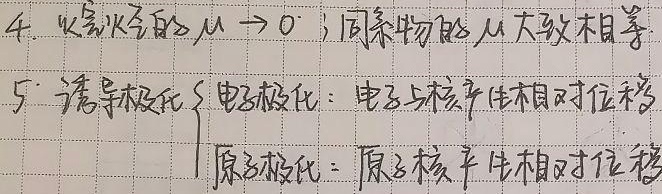
4. 炔烃的\(\mu\rightarrow0\)；同系物的\(\mu\)大致相等
5. 诱导极化\(\begin{cases}\text{电子极化：电子与核产生相对位移}\\\text{原子极化：原子核产生相对位移}\end{cases}\)